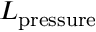
L _ { \mathrm { p r e s s u r e } }